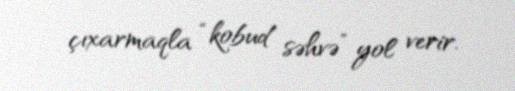
çıxarmaqla “kobud səhvə” yol verir.